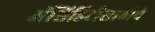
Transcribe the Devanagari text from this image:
अॅसिडिटीसाठीचे